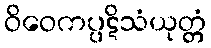
ဝိဝေကပ္ပဋိသံယုတ္တံ